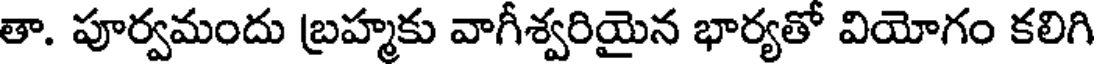
తా. పూర్వమందు బ్రహ్మకు వాగీశ్వరియైన భార్యతో వియోగం కలిగి